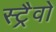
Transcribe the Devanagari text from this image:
स्ट्रैवो